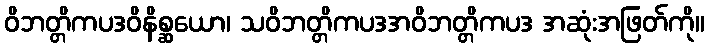
ဝိဘတ္တိကပဒဝိနိစ္ဆယော၊ သဝိဘတ္တိကပဒအဝိဘတ္တိကပဒ အဆုံးအဖြတ်ကို။